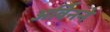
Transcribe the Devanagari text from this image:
अर्विनने